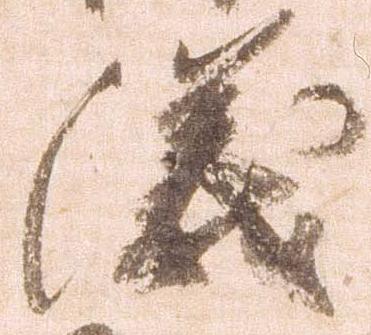
儀